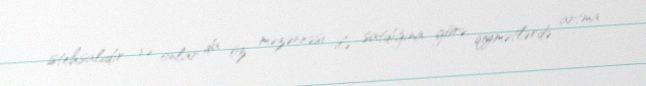
istehsalıdır və onlar da öz məzənnəsi ilə satdığına görə qiymətlərdə artma